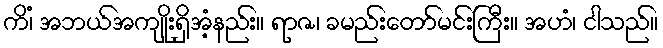
ကိံ၊ အဘယ်အကျိုးရှိအံ့နည်း။ ရာဇ၊ ခမည်းတော်မင်းကြီး။ အဟံ၊ ငါသည်။